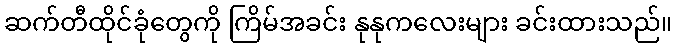
ဆက်တီထိုင်ခုံတွေကို ကြိမ်အခင်း နုနုကလေးများ ခင်းထားသည်။